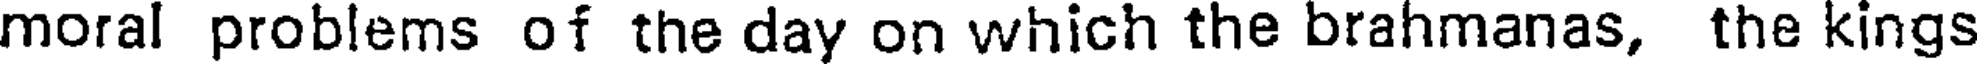
moral problems of the day on which the brahmanas, the kings